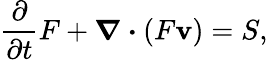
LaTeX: \frac{\partial}{\partial t}F+\boldsymbol{\nabla}\boldsymbol{\cdot}(F{\mathbf v})=S,